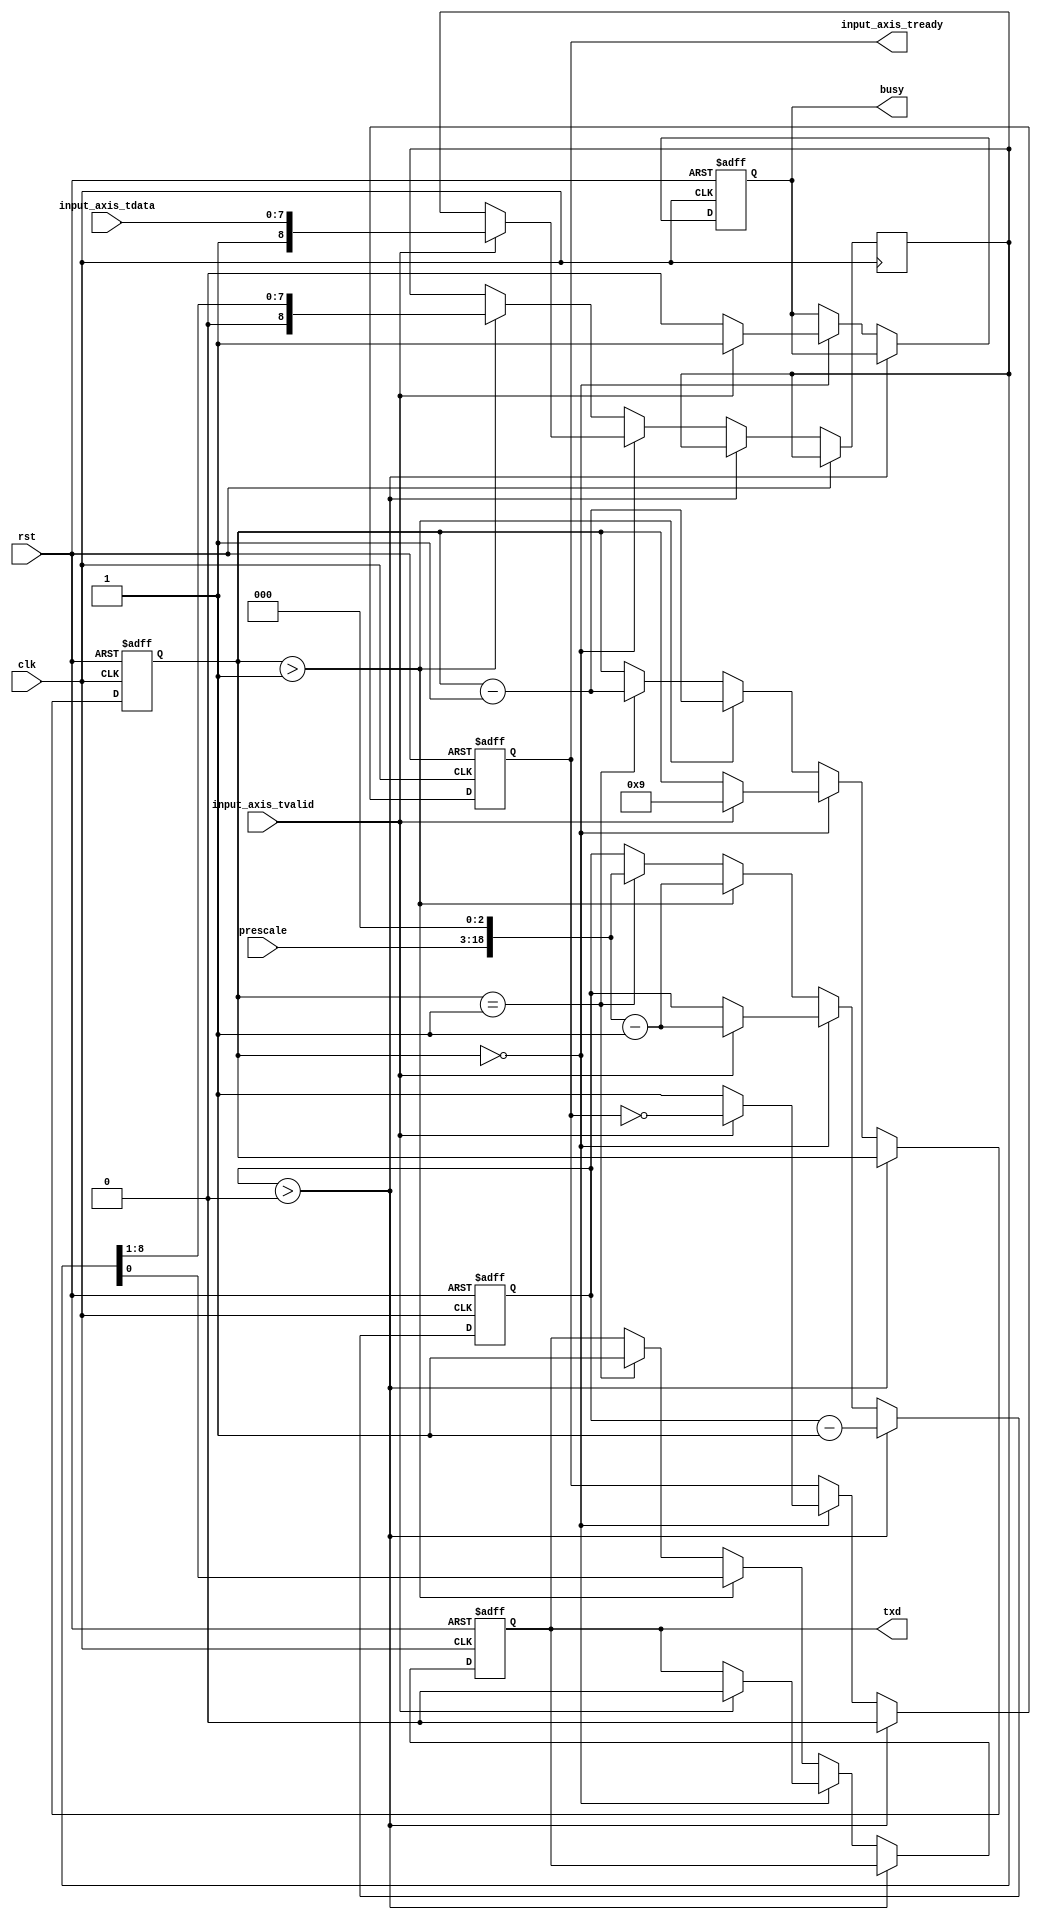
/*

Copyright (c) 2014 Alex Forencich

Permission is hereby granted, free of charge, to any person obtaining a copy
of this software and associated documentation files (the "Software"), to deal
in the Software without restriction, including without limitation the rights
to use, copy, modify, merge, publish, distribute, sublicense, and/or sell
copies of the Software, and to permit persons to whom the Software is
furnished to do so, subject to the following conditions:

The above copyright notice and this permission notice shall be included in
all copies or substantial portions of the Software.

THE SOFTWARE IS PROVIDED "AS IS", WITHOUT WARRANTY OF ANY KIND, EXPRESS OR
IMPLIED, INCLUDING BUT NOT LIMITED TO THE WARRANTIES OF MERCHANTABILITY
FITNESS FOR A PARTICULAR PURPOSE AND NONINFRINGEMENT. IN NO EVENT SHALL THE
AUTHORS OR COPYRIGHT HOLDERS BE LIABLE FOR ANY CLAIM, DAMAGES OR OTHER
LIABILITY, WHETHER IN AN ACTION OF CONTRACT, TORT OR OTHERWISE, ARISING FROM,
OUT OF OR IN CONNECTION WITH THE SOFTWARE OR THE USE OR OTHER DEALINGS IN
THE SOFTWARE.

*/

// Language: Verilog 2001

`timescale 1ns / 1ps

/*
 * AXI4-Stream UART
 */
module uart_tx #
(
    parameter DATA_WIDTH = 8
)
(
    input  wire                   clk,
    input  wire                   rst,

    /*
     * AXI input
     */
    input  wire [DATA_WIDTH-1:0]  input_axis_tdata,
    input  wire                   input_axis_tvalid,
    output wire                   input_axis_tready,

    /*
     * UART interface
     */
    output wire                   txd,

    /*
     * Status
     */
    output wire                   busy,

    /*
     * Configuration
     */
    input  wire [15:0]            prescale
);

reg input_axis_tready_reg = 0;

reg txd_reg = 1;

reg busy_reg = 0;

reg [DATA_WIDTH:0] data_reg = 0;
reg [18:0] prescale_reg = 0;
reg [3:0] bit_cnt = 0;

assign input_axis_tready = input_axis_tready_reg;
assign txd = txd_reg;

assign busy = busy_reg;

always @(posedge clk or posedge rst) begin
    if (rst) begin
        input_axis_tready_reg <= 0;
        txd_reg <= 1;
        prescale_reg <= 0;
        bit_cnt <= 0;
        busy_reg <= 0;
    end else begin
        if (prescale_reg > 0) begin
            input_axis_tready_reg <= 0;
            prescale_reg <= prescale_reg - 1;
        end else if (bit_cnt == 0) begin
            input_axis_tready_reg <= 1;
            busy_reg <= 0;

            if (input_axis_tvalid) begin
                input_axis_tready_reg <= ~input_axis_tready_reg;
                prescale_reg <= (prescale << 3)-1;
                bit_cnt <= DATA_WIDTH+1;
                data_reg <= {1'b1, input_axis_tdata};
                txd_reg <= 0;
                busy_reg <= 1;
            end
        end else begin
            if (bit_cnt > 1) begin
                bit_cnt <= bit_cnt - 1;
                prescale_reg <= (prescale << 3)-1;
                {data_reg, txd_reg} <= {1'b0, data_reg};
            end else if (bit_cnt == 1) begin
                bit_cnt <= bit_cnt - 1;
                prescale_reg <= (prescale << 3);
                txd_reg <= 1;
            end
        end
    end
end

endmodule